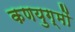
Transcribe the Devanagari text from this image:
कणयुग्मों